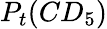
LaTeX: P_{t}(CD_{5})